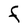
Character: F